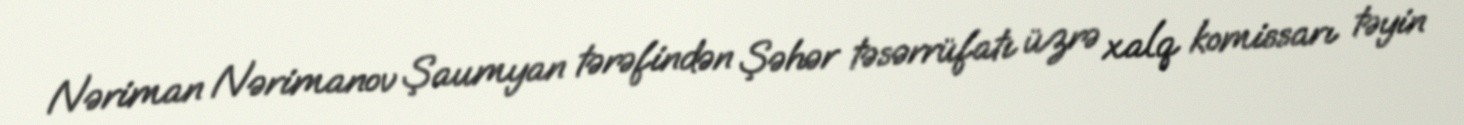
Nəriman Nərimanov Şaumyan tərəfindən Şəhər təsərrüfatı üzrə xalq komissarı təyin